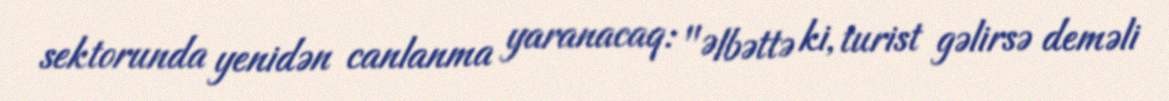
sektorunda yenidən canlanma yaranacaq: "Əlbəttə ki, turist gəlirsə deməli